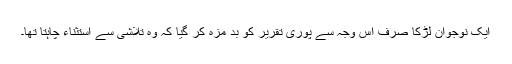
ایک نوجوان لڑکا صرف اس وجہ سے پوری تقریر کو بد مزہ کر گیا کہ وہ تلاشی سے استثناء چاہتا تھا۔